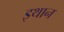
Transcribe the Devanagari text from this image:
इथान